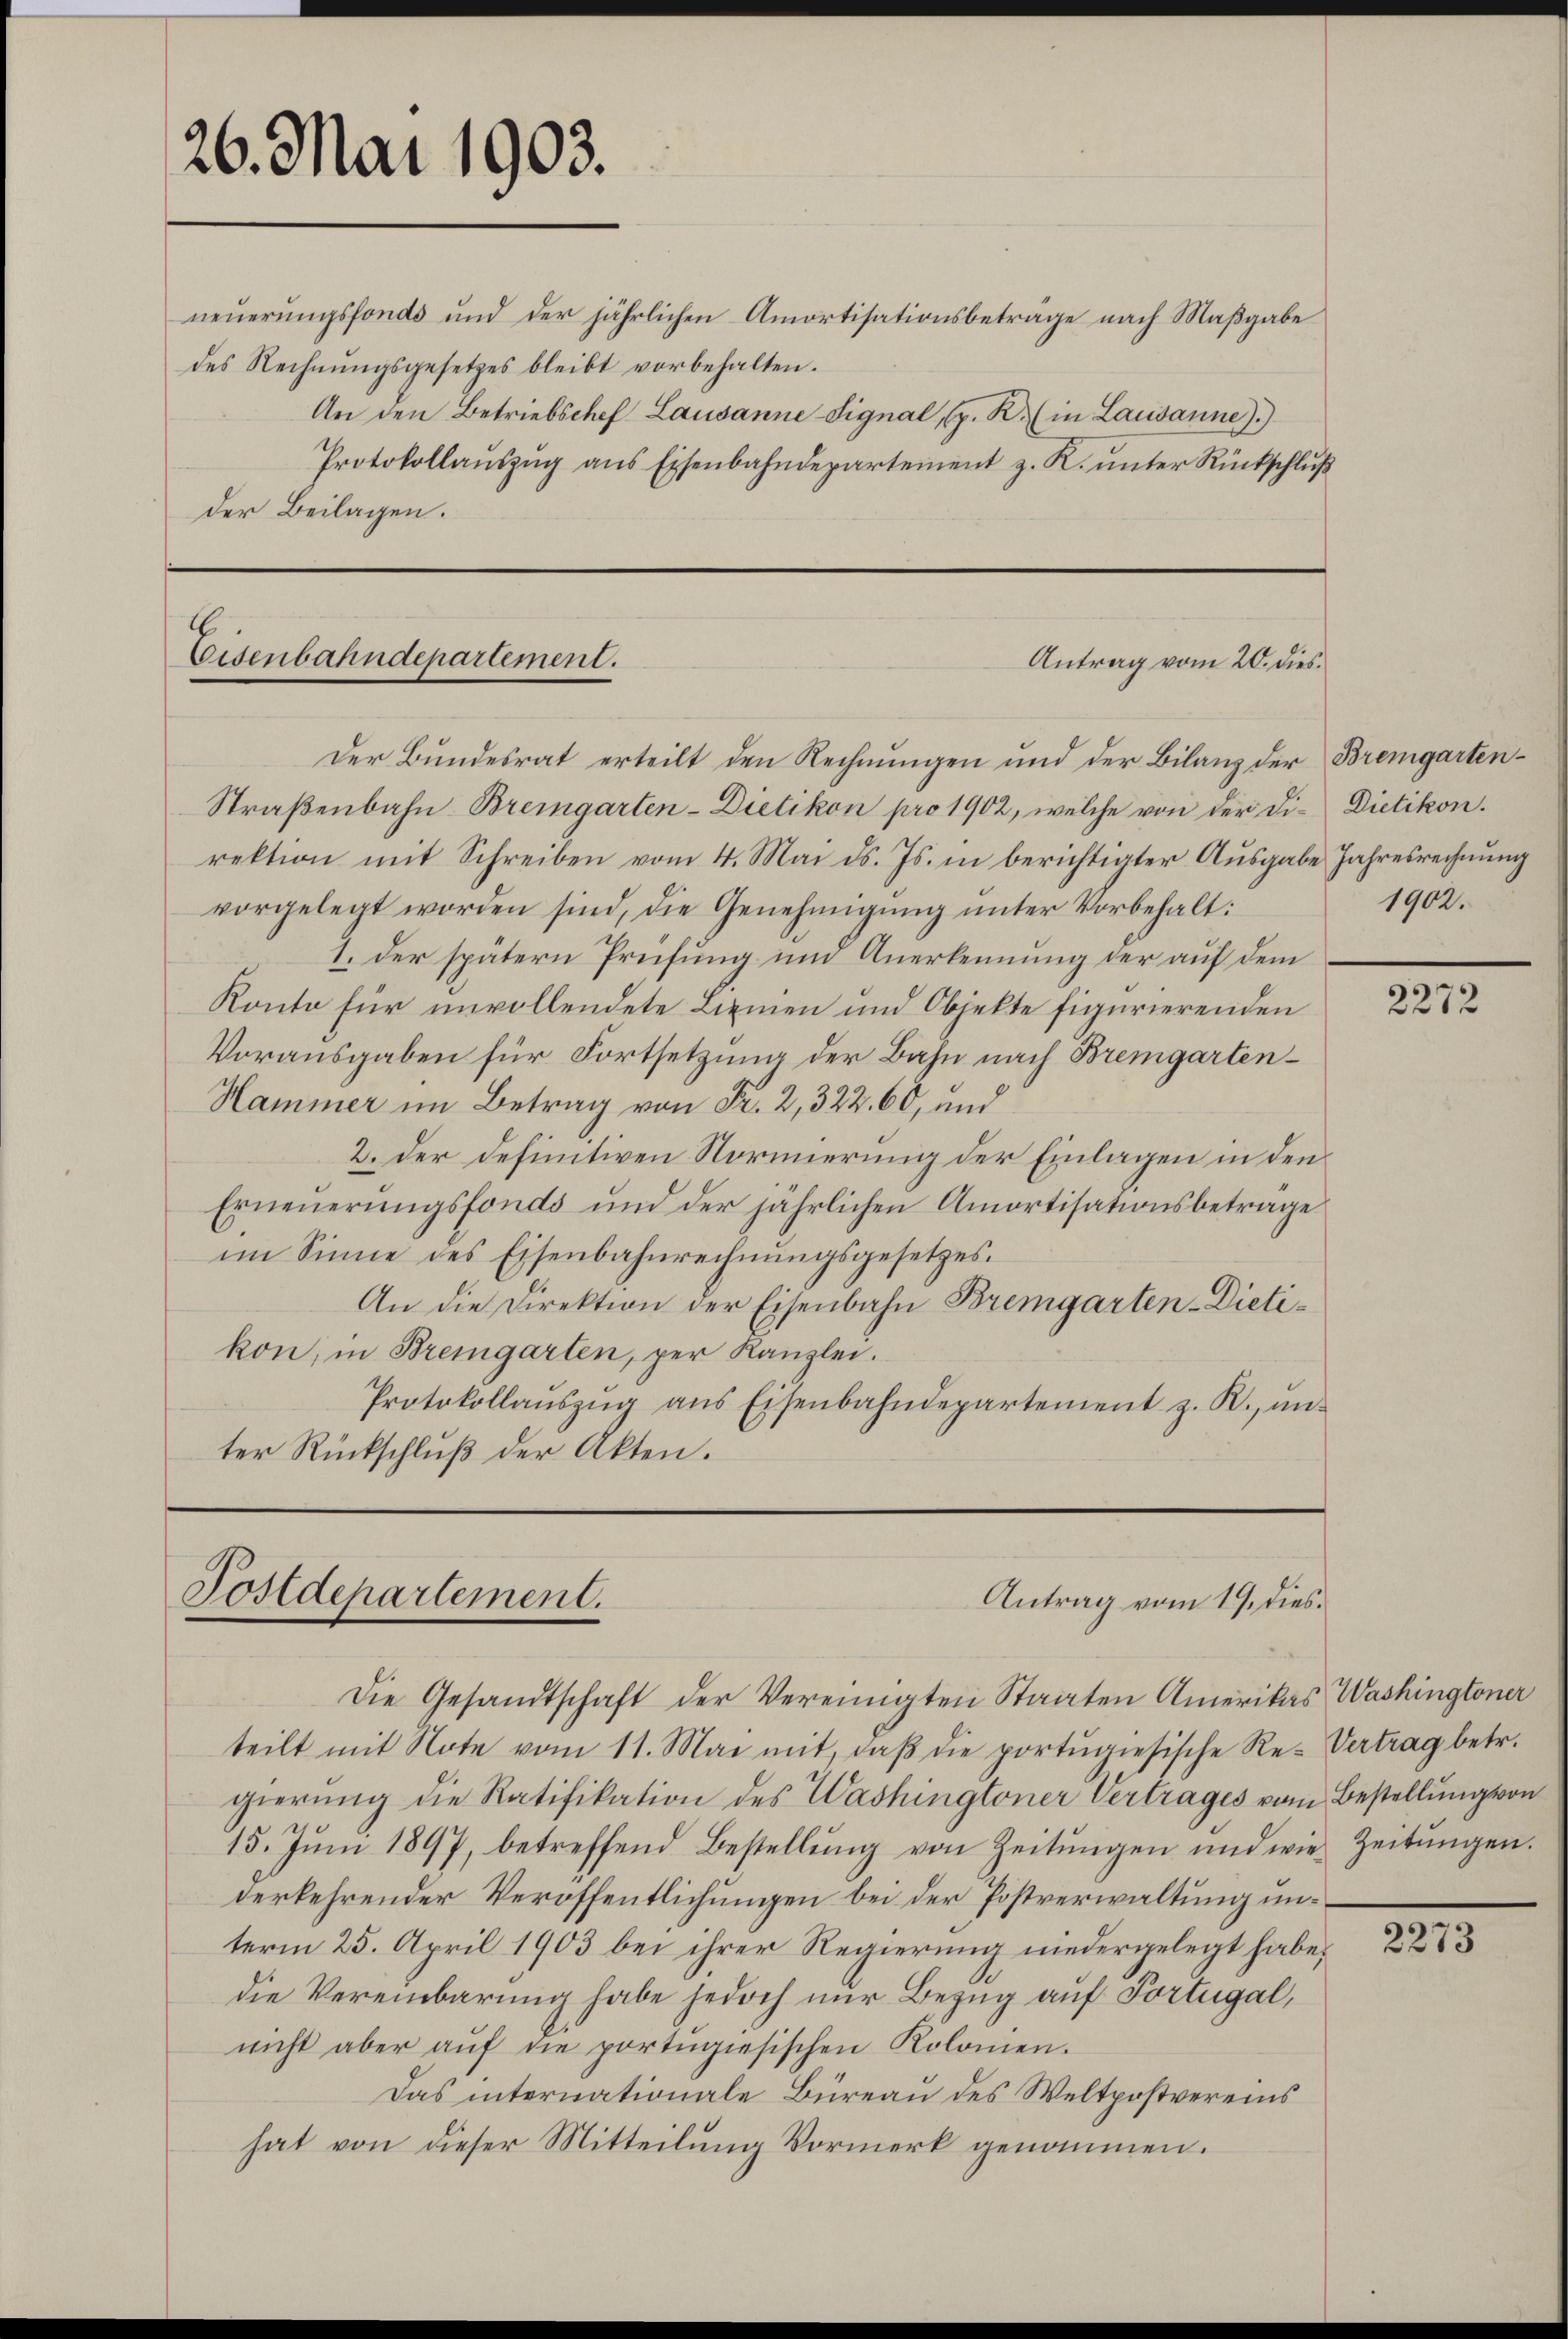
26. Mai 1903.

neuerungsfonds und der jährlichen Amortisationsbeträge nach Maßgabe
des Rechnungsgesetzes bleibt vorbehalten.
An den Betriebschef Lausanne Signal, (p. K. (in Lausanne).)
Protokollaŭszŭg ans Eisenbahndepartement z. R. ŭnter Rückschlŭβ
der Beilagen.

Eisenbahndepartement.
Antrag vom 20. dies

Postdepartement.
Antrag vom 19. dies¬

Der Bundesrat erteilt den Rechnungen und der Bilanz der Bremgarten¬
Straßenbahn-Bremgarten-Dietikon pro 1902, welche von der Di-Dietikon.
rektion mit Schreiben vom 4. Mai d. Js. in berichtigter Ausgabe Jahresrechnung
vorgelegt worden sind, die Genehmigung unter Vorbehalt:
1. Der spätern Prüfung und Anerkennung der auf dem
Konto für unvollendete Linien und Objekte figurierenden
Vorausgaben für Fortsetzung der Bahn nach Bremgarten¬
Hammer im Betrag von Fr. 2, 322. 60, und
2. der definitiven Normierung der Einlagen in den
Erneuerungsfonds und der jährlichen Amortisationsbetrage
im Sinne des Eisenbahnrechnungsgesetzes.
An die Direktion der Eisenbahn Bremgarten-Dietikon, in Bremgarten, per Kanzlei.
Protokollaŭszŭg ans Eisenbahndepartement z. R., ŭn-
ter Rückschluß der Akten.

1902.

Die Gesandtschaft der Vereinigten Staaten Amerikas Washingtoner
teilt mit Note vom 11. Mai mit, daβ die portŭgiesische Re-Vertrag betr.
gierung die Ratifikation des Washingtoner Vertrages vom Bestellung von
15. Jŭni 1897, betreffend Bestellŭng von Zeitŭngen und wie Zeitŭngen.
derkehrender Veröffentlichungen bei der Postverwaltung unterm 25. April 1903 bei ihrer Regierung niedergelegt habe,
die Vereinbarung habe jedoch nur Bezug auf Portugal,
nicht aber aŭf die portugisischen Kolonien.
Das internationale Büreau des Weltpostvereins
hat von dieser Mitteilung Vormerk genommen.

2272

2273